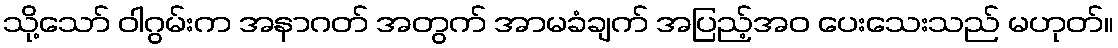
သို့သော် ဝါဂွမ်းက အနာဂတ် အတွက် အာမခံချက် အပြည့်အဝ ပေးသေးသည် မဟုတ်။